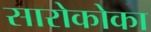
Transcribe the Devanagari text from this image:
सारोकोका